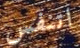
اتنفس